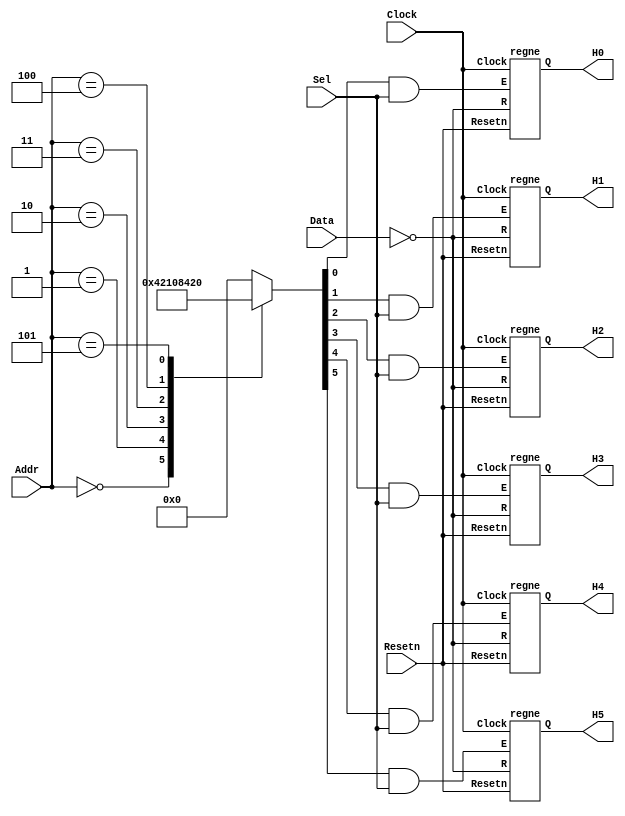
// Data written to registers R0 to R5 are sent to the H digits
module seg7_scroll (Data, Addr, Sel, Resetn, Clock, H5, H4, H3, H2, H1, H0);
	input [6:0] Data;
	input [2:0] Addr;
	input Sel, Resetn, Clock;
	output [6:0] H5, H4, H3, H2, H1, H0;
	
	reg [5:0] enable; // Enable signal to decide which 7 segment to write to
	
	// One hot encode the 7 segment to be written to
	always @(*)
	begin
		case(Addr)
			0: enable = 6'b000001;
			1: enable = 6'b000010;
			2: enable = 6'b000100;
			3: enable = 6'b001000;
			4: enable = 6'b010000;
			5: enable = 6'b100000;
			default: enable = 6'b000000;
		endcase
	end
	
	// Registers for the data written to each 7 segment display
	regne HEX0(.R(~Data),.Clock(Clock),.Resetn(Resetn),.E(enable[0] & Sel),.Q(H0));
	regne HEX1(.R(~Data),.Clock(Clock),.Resetn(Resetn),.E(enable[1] & Sel),.Q(H1));
	regne HEX2(.R(~Data),.Clock(Clock),.Resetn(Resetn),.E(enable[2] & Sel),.Q(H2));
	regne HEX3(.R(~Data),.Clock(Clock),.Resetn(Resetn),.E(enable[3] & Sel),.Q(H3));
	regne HEX4(.R(~Data),.Clock(Clock),.Resetn(Resetn),.E(enable[4] & Sel),.Q(H4));
	regne HEX5(.R(~Data),.Clock(Clock),.Resetn(Resetn),.E(enable[5] & Sel),.Q(H5));
	
endmodule

module regne (R, Clock, Resetn, E, Q);
	parameter n = 7;
	input [n-1:0] R;
	input Clock, Resetn, E;
	output [n-1:0] Q;
	reg [n-1:0] Q;	
	
	always @(posedge Clock)
		if (Resetn == 0)
			Q <= {n{1'b1}};
		else if (E)
			Q <= R;
endmodule